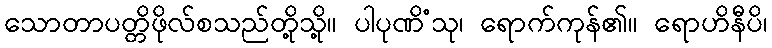
သောတာပတ္တိဖိုလ်စသည်တို့သို့။ ပါပုဏိံသု၊ ရောက်ကုန်၏။ ရောဟိနီပိ၊